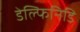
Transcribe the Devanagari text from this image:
डेल्फिनिडि